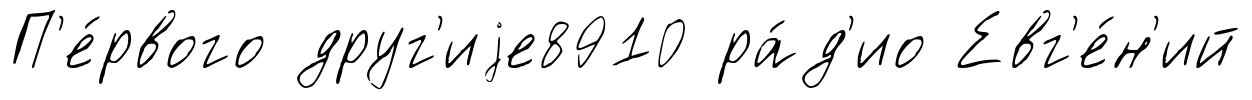
П'е́рвого друг'иjе8910 ра́д'ио Евг'е́н'ий